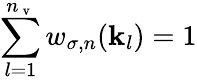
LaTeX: \sum_{l=1}^{n_{\mathrm{~v~}}}w_{\sigma,n}(\mathbf{k}_{l})=1